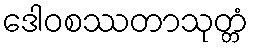
ဒေါဝစဿတာသုတ္တံ